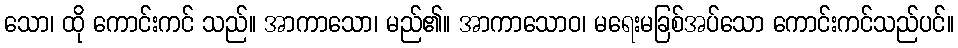
သော၊ ထို ကောင်းကင် သည်။ အာကာသော၊ မည်၏။ အာကာသောဝ၊ မရေးမခြစ်အပ်သော ကောင်းကင်သည်ပင်။